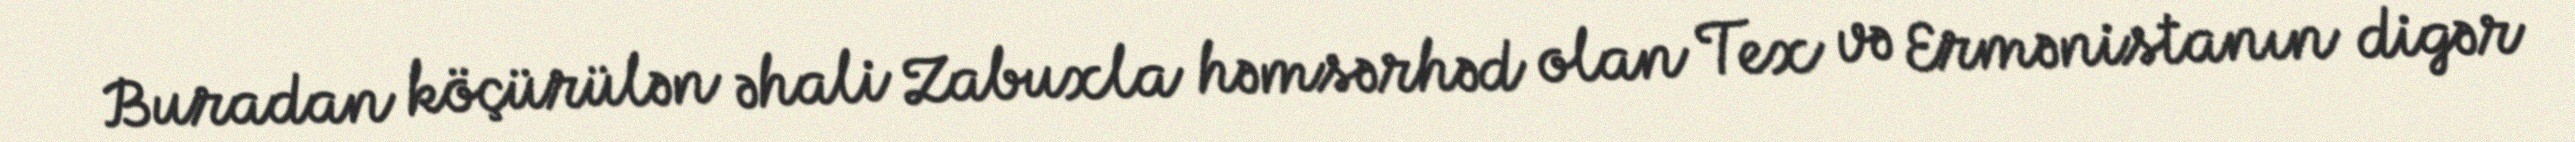
Buradan köçürülən əhali Zabuxla həmsərhəd olan Tex və Ermənistanın digər